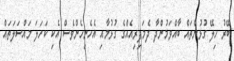
ބޭރު ހިލޭ ގުޅުންތައް ބާއްވަމުންދާ ދެމަފިރިއެއްގެ ގުޅުމާއި އެހެނިހެންވެސް އެކި ކަހަލަ މައްސަލަތައް